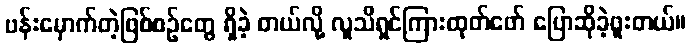
ဗန်းမှောက်တဲ့ဖြစ်စဉ်တွေ ရှိခဲ့ တယ်လို့ လူသိရှင်ကြားထုတ်ဖော် ပြောဆိုခဲ့ဖူးတယ်။